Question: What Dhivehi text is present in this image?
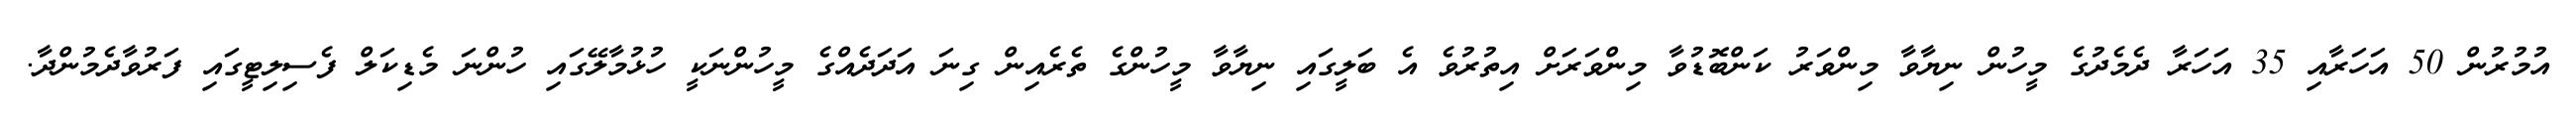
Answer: އުމުރުން 50 އަހަރާއި 35 އަހަރާ ދެމެދުގެ މީހުން ނިޔާވާ މިންވަރު ކަންބޮޑުވާ މިންވަރަށް އިތުރުވެ އެ ބަލީގައި ނިޔާވާ މީހުންގެ ތެރެއިން ގިނަ އަދަދެއްގެ މީހުންނަކީ ހުޅުމާލޭގައި ހުންނަ މެޑިކަލް ފެސިލިޓީގައި ފަރުވާދެމުންދާ.